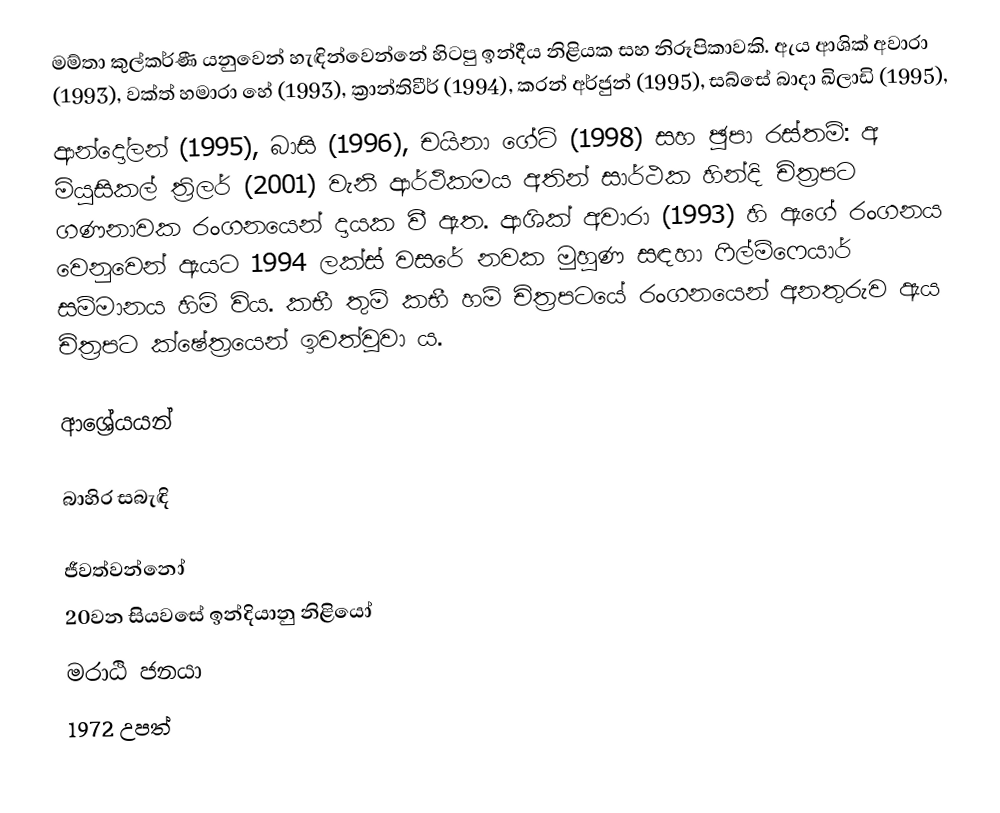
මම්තා කුල්කර්ණී යනුවෙන් හැඳින්වෙන්නේ හිටපු ඉන්දීය නිළියක සහ නිරූපිකාවකි. ඇය ආශික් අවාරා (1993), වක්ත් හමාරා හේ (1993), ක්‍රාන්තිවීර් (1994), කරන් අර්ජුන් (1995), සබ්සේ බාදා ඛිලාඩි (1995),
ආන්දෝලන් (1995), බාසි (1996), චයිනා ගේට් (1998) සහ ඡූපා රස්තම්: අ මියුසිකල් ත්‍රිලර් (2001) වැනි ආර්ථිකමය අතින් සාර්ථක හින්දි චිත්‍රපට ගණනාවක රංගනයෙන් දායක වී ඇත. ආශික් අවාරා (1993) හි ඇගේ රංගනය වෙනුවෙන් ඇයට 1994 ලක්ස් වසරේ නවක මුහුණ සඳහා ෆිල්ම්ෆෙයාර් සම්මානය හිමි විය. කභී තුම් කභී හම් චිත්‍රපටයේ රංගනයෙන් අනතුරුව ඇය චිත්‍රපට ක්ෂේත්‍රයෙන් ඉවත්වූවා ය.

ආශ්‍රේයයන්

බාහිර සබැඳි

ජීවත්වන්නෝ
20වන සියවසේ ඉන්දියානු නිළියෝ
මරාඨි ජනයා
1972 උපත්